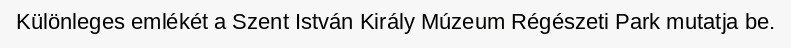
Különleges emlékét a Szent István Király Múzeum Régészeti Park mutatja be.